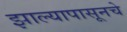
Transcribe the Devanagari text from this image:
झाल्यापासूनचे